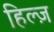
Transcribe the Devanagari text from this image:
हिल्ज़